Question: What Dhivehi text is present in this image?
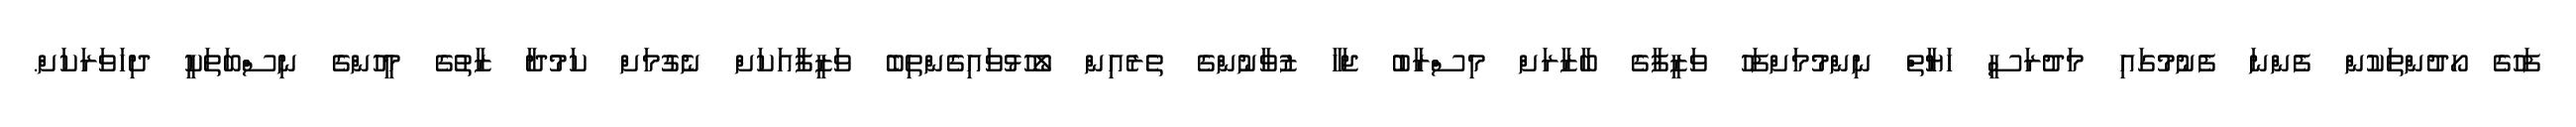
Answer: ފަހުގެ ހޯދުންތަކުން ފެންނަ ފެނުމުގައި މަދުރަސީ ހަޔާތް ނިންމުމަށްފަހު ވަޒީފާގެ ބާޒާރަށް މިސްރާބު ޖަހާ ޒުވާނުންގެ ތެރެއިން ލޯހުޅުވައިގެންތިބެ ވަޒީފާއަކަށް ނެގުމަށް ކަމުދާ ޒާތުގެ މީހުންގެ ނިސްބަތަކީ ދިހަވަރަކަށް.